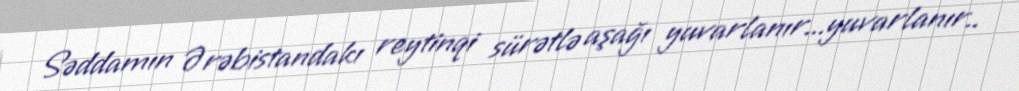
Səddamın Ərəbistandakı reytinqi sürətlə aşağı yuvarlanır...yuvarlanır..